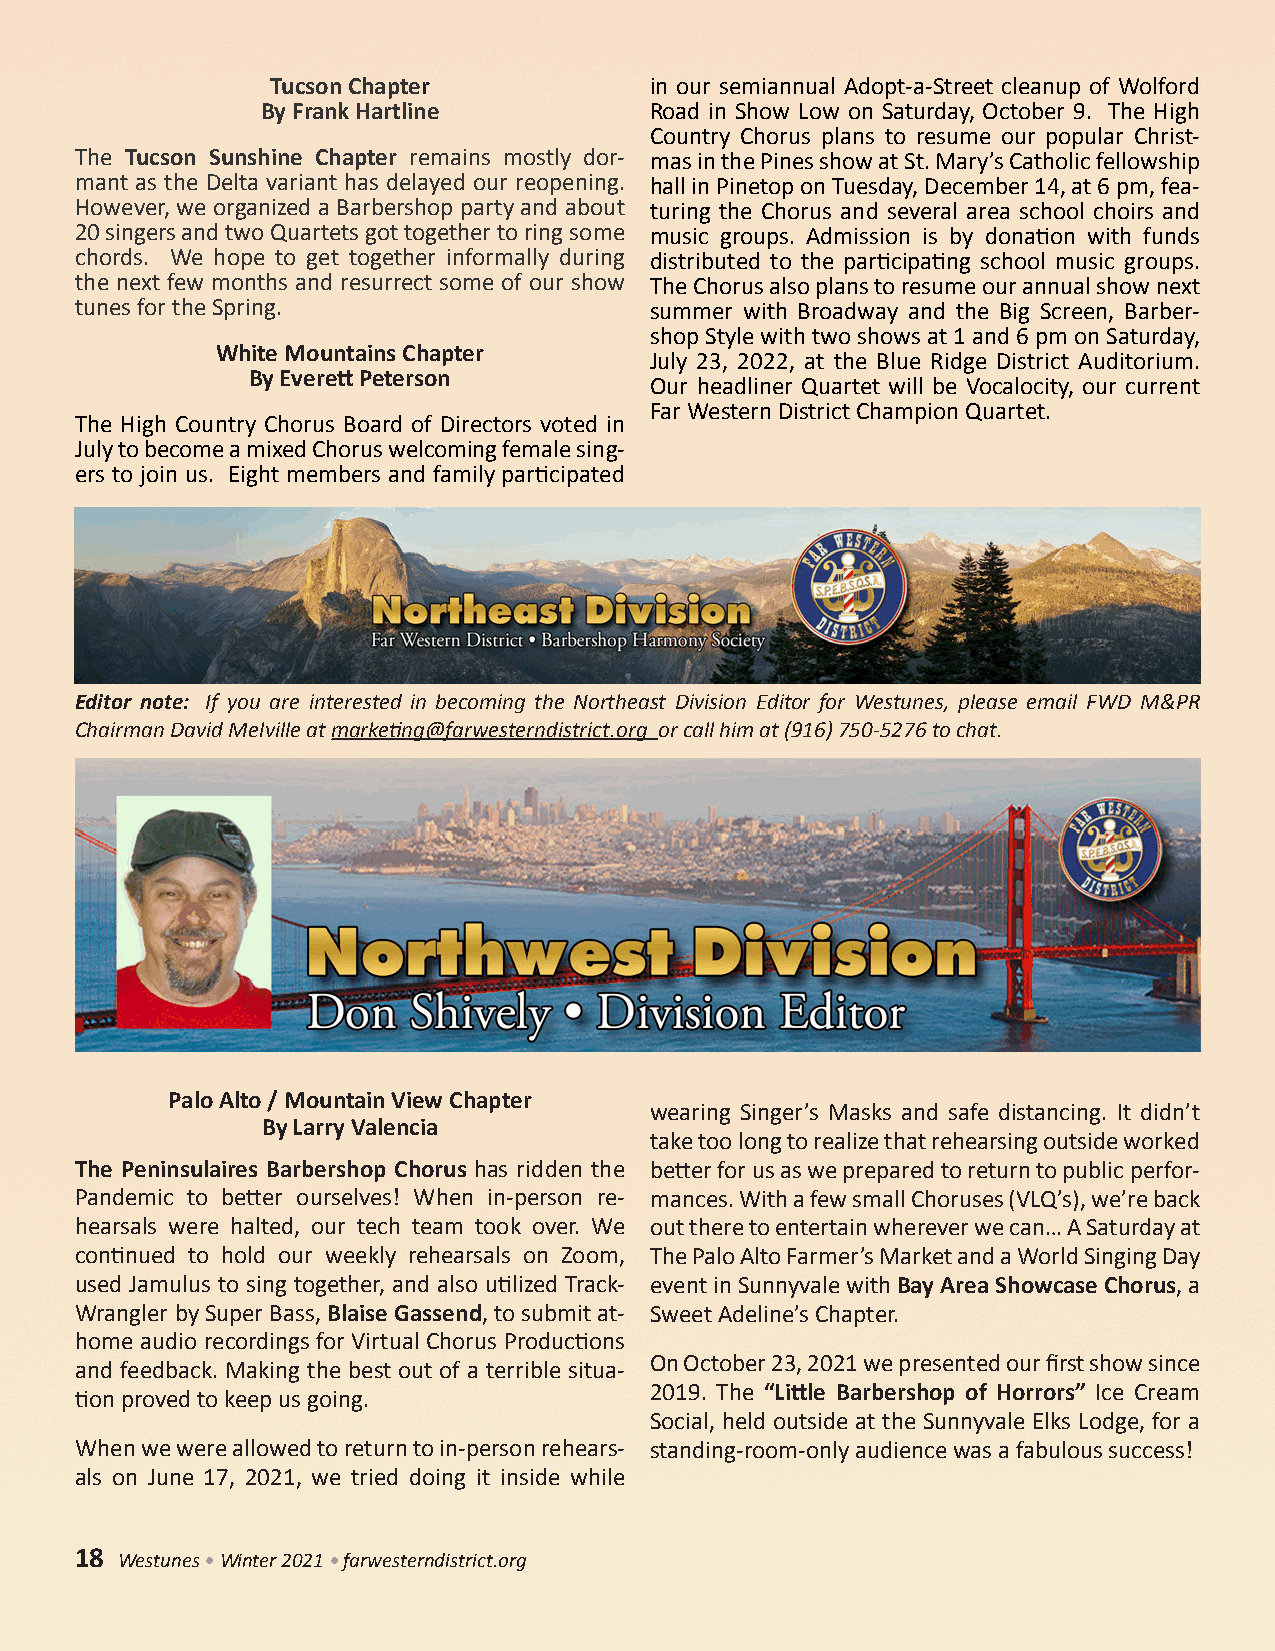
Tucson Chapter           in our semiannual Adopt-a-Street cleanup of Wolford
 By Frank Hartline         Road in Show Low on Saturday, October 9. The High
 Country Chorus plans to resume our popular Christ-
 The Tucson Sunshine Chapter remains mostly dor- mas in the Pines show at St. Mary’s Catholic fellowship
 mant as the Delta variant has delayed our reopening. hall in Pinetop on Tuesday, December 14, at 6 pm, fea-
 However, we organized a Barbershop party and about turing the Chorus and several area school choirs and
 20 singers and two Quartets got together to ring some music groups. Admission is by donation with funds
 chords. We hope to get together informally during distributed to the participating school music groups.
 the next few months and resurrect some of our show The Chorus also plans to resume our annual show next
 tunes for the Spring.                 summer with Broadway and the Big Screen, Barber-
 shop Style with two shows at 1 and 6 pm on Saturday,
 White Mountains Chapter
 July 23, 2022, at the Blue Ridge District Auditorium.
 By Everett Peterson
 Our headliner Quartet will be Vocalocity, our current
 Far Western District Champion Quartet.
 The High Country Chorus Board of Directors voted in
 July to become a mixed Chorus welcoming female sing-
 ers to join us. Eight members and family participated
 Editor note: If you are interested in becoming the Northeast Division Editor for Westunes, please email FWD M&PR
 Chairman David Melville at marketing@farwesterndistrict.org or call him at (916) 750-5276 to chat.
 Palo Alto / Mountain View Chapter
 wearing Singer’s Masks and safe distancing. It didn’t
 By Larry Valencia
 take too long to realize that rehearsing outside worked
 The Peninsulaires Barbershop Chorus has ridden the better for us as we prepared to return to public perfor-
 Pandemic to better ourselves! When in-person re- mances. With a few small Choruses (VLQ’s), we’re back
 hearsals were halted, our tech team took over. We out there to entertain wherever we can… A Saturday at
 continued to hold our weekly rehearsals on Zoom, The Palo Alto Farmer’s Market and a World Singing Day
 used Jamulus to sing together, and also utilized Track- event in Sunnyvale with Bay Area Showcase Chorus, a
 Wrangler by Super Bass, Blaise Gassend, to submit at- Sweet Adeline’s Chapter.
 home audio recordings for Virtual Chorus Productions
 On October 23, 2021 we presented our first show since
 and feedback. Making the best out of a terrible situa-
 2019. The “Little Barbershop of Horrors” Ice Cream
 tion proved to keep us going.
 Social, held outside at the Sunnyvale Elks Lodge, for a
 When we were allowed to return to in-person rehears- standing-room-only audience was a fabulous success!
 als on June 17, 2021, we tried doing it inside while
 18 Westunes • Winter 2021 • farwesterndistrict.org